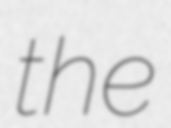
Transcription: the